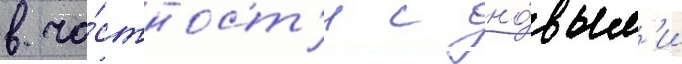
в ча́стност'и с но́вым'и